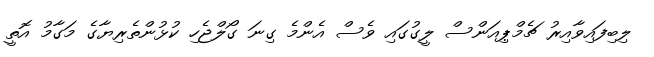
ލިބިފައިވާއިރު ޗެމްޕިއަންސް ލީގުގައި ވެސް އެންމެ ގިނަ ގޯލްޖެހި ކުޅުންތެރިޔާގެ މަގާމު އޮތީ